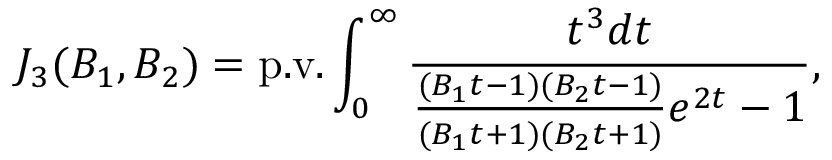
J _ { 3 } ( B _ { 1 } , B _ { 2 } ) = \mathrm { p . v . } \int _ { 0 } ^ { \infty } \frac { t ^ { 3 } d t } { \frac { ( B _ { 1 } t - 1 ) ( B _ { 2 } t - 1 ) } { ( B _ { 1 } t + 1 ) ( B _ { 2 } t + 1 ) } e ^ { 2 t } - 1 } ,